Report of the Municipal Commissioner on the plague in Bombay for the year ending 31st May... - Volume 3
Disease focus: Plague
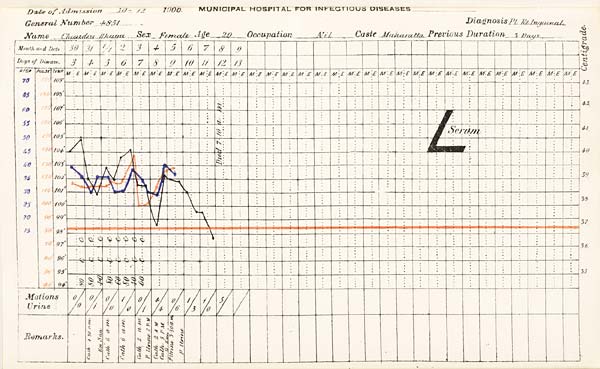
Date
of
Admission
1900
MUNICIPAL
HOSPITAL
FOR
INFECTIOUS
DISEASES.
General
Number
Diagnosis
Name
Sex
Age
Occupation
Caste
Previous
Duration